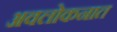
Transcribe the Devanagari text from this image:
अवलोकनात